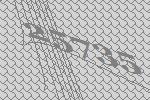
25735